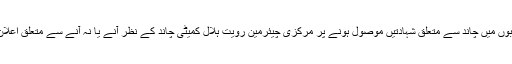
جس پر صوبوں میں چاند سے متعلق شہادتیں موصول ہونے پر مرکزی چیئرمین رویت ہلال کمیٹی چاند کے نظر آنے یا نہ آنے سے متعلق اعلان کرتے ہیں۔